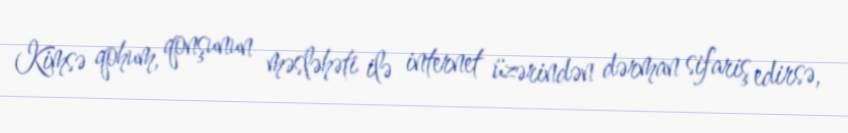
Kimsə qohum, qonşunun məsləhəti ilə internet üzərindən dərman sifariş edirsə,